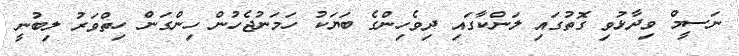
ނަސީމް ވިދާޅުވި ގޮތުގައި ލަންކާގައި ދިވެހިންގެ ބަޔަކު ހަމަނުޖެހުން ހިންގަން ހިތްވަރު ލިބުނީ